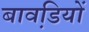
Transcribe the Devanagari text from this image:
बावडि़यों